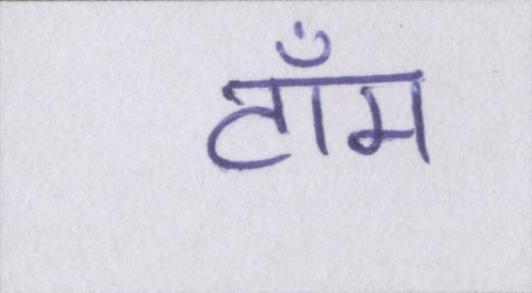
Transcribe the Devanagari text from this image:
टॉम